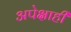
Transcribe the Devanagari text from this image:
अपेक्षाही